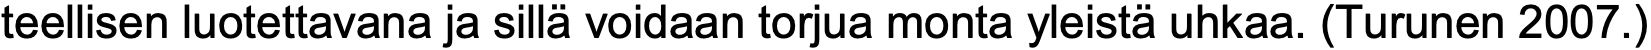
teellisen luotettavana ja sillä voidaan torjua monta yleistä uhkaa. (Turunen 2007.)